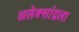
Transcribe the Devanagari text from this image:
अलेक्सांद्रला